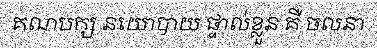
គណបក្ស នយោបាយ ផ្ទាល់ខ្លួន គឺ ចលនា